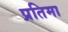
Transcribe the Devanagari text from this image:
प्रतिमा